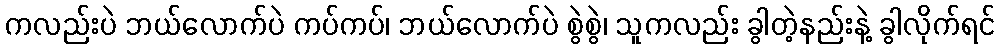
ကလည်းပဲ ဘယ်လောက်ပဲ ကပ်ကပ်၊ ဘယ်လောက်ပဲ စွဲစွဲ၊ သူကလည်း ခွါတဲ့နည်းနဲ့ ခွါလိုက်ရင်